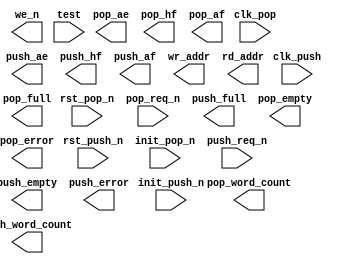
////////////////////////////////////////////////////////////////////////////////
//
//       This confidential and proprietary software may be used only
//     as authorized by a licensing agreement from Synopsys Inc.
//     In the event of publication, the following notice is applicable:
//
//                    (C) COPYRIGHT 1997 - 2016 SYNOPSYS INC.
//                           ALL RIGHTS RESERVED
//
//       The entire notice above must be reproduced on all authorized
//     copies.
//
//
// VERSION:   Simulation Architecture
//
// DesignWare_version: c781f9a7
// DesignWare_release: K-2015.06-DWBB_201506.5.2
//
////////////////////////////////////////////////////////////////////////////////
//-----------------------------------------------------------------------------------
//
// ABSTRACT:  Synchronous, dual clcok  with Static Flags
//           static programmable almost empty and almost full flags
//
//           This FIFO controller designed to interface to synchronous
//           true dual port RAMs.
//
//		Parameters:	Valid Values
//		==========	============
//		depth		[ 4 to 16777216 ]
//		push_ae_lvl	[ 1 to depth-1 ]
//		push_af_lvl	[ 1 to depth-1 ]
//		pop_ae_lvl	[ 1 to depth-1 ]
//		pop_af_lvl	[ 1 to depth-1 ]
//		err_mode	[ 0 = sticky error flag,
//				  1 = dynamic error flag ]
//		push_sync	[ 1 = single synchronized,
//				  2 = double synchronized,
//				  3 = triple synchronized ]
//		pop_sync	[ 1 = single synchronized,
//				  2 = double synchronized,
//				  3 = triple synchronized ]
//		tst_mode	[ 0 = test input not connected
//				  1 = lock-up latches inserted for scan test ]
//		
//		Input Ports:	Size	Description
//		===========	====	===========
//		clk_push	1 bit	Push I/F Input Clock
//		clk_pop		1 bit	Pop I/F Input Clock
//		rst_push_n	1 bit	Active Low Reset for push domain
//		rst_pop_n	1 bit	Active Low Reset for pop domain
//		push_req_n	1 bit	Active Low Push Request
//		pop_req_n	1 bit	Active Low Pop Request
//
//		Output Ports	Size	Description
//		============	====	===========
//		we_n		1 bit	Active low Write Enable (to RAM)
//		push_empty	1 bit	Push I/F Empty Flag
//		push_ae		1 bit	Push I/F Almost Empty Flag
//		push_hf		1 bit	Push I/F Half Full Flag
//		push_af		1 bit	Push I/F Almost Full Flag
//		push_full	1 bit	Push I/F Full Flag
//		push_error	1 bit	Push I/F Error Flag
//		pop_empty	1 bit	Pop I/F Empty Flag
//		pop_ae		1 bit	Pop I/F Almost Empty Flag
//		pop_hf		1 bit	Pop I/F Half Full Flag
//		pop_af		1 bit	Pop I/F Almost Full Flag
//		pop_full	1 bit	Pop I/F Full Flag
//		pop_error	1 bit	Pop I/F Error Flag
//		wr_addr		N bits	Write Address (to RAM)
//		rd_addr		N bits	Read Address (to RAM)
//		push_word_count M bits  Words in FIFO (push IF perception)
//		pop_word_count  M bits  Words in FIFO (push IF perception)
//              test            1 bit   Test Input (controls lock-up latches)
//
//		  Note:	the value of N for wr_addr and rd_addr is
//			determined from the parameter, depth.  The
//			value of N is equal to:
//				ceil( log2( depth ) )
//		
//		  Note:	the value of M for push_word_count and pop_word_count
//			is determined from the parameter, depth.  The
//			value of M is equal to:
//				ceil( log2( depth+1 ) )
//
//
//
//
//             11/29/01     RJK   Fixed size mismatch related to
//                                STAR 129582 (but fixed with 131712)
//
//             12/3/2002    RJK   Added word count outputs
//
//             4/17/2006    DLL   Fixed _single_rst_n_ typos...was
//                                '_single_rs_n_'.
//
//             3/1/2016     RJK   Updated for compatibility with VCS NLP
//
//-----------------------------------------------------------------------------

module DW_fifoctl_s2dr_sf(clk_push, clk_pop,
			rst_push_n, rst_pop_n,
			init_push_n, init_pop_n,
			push_req_n, pop_req_n, we_n,
                        push_empty, push_ae, push_hf, push_af, push_full, push_error,
			pop_empty, pop_ae, pop_hf, pop_af, pop_full, pop_error,
			wr_addr, rd_addr, push_word_count, pop_word_count, test);

parameter depth = 8;
parameter push_ae_lvl = 2;
parameter push_af_lvl = 2;
parameter pop_ae_lvl = 2;
parameter pop_af_lvl = 2;
parameter err_mode = 0;
parameter push_sync = 2;
parameter pop_sync = 2;
parameter tst_mode = 0;
   
   
   

   input                       clk_push, clk_pop;
   input                       rst_push_n, rst_pop_n;
   input                       init_push_n, init_pop_n;
   input                       push_req_n, pop_req_n;
   output 		       we_n, push_empty, push_ae, push_hf, 
			       push_af, push_full;
   output 		       push_error, pop_empty, pop_ae, pop_hf, pop_af, 
			       pop_full, pop_error;
   output [((depth>65536)?((depth>1048576)?((depth>4194304)?((depth>8388608)?24:23):((depth>2097152)?22:21)):((depth>262144)?((depth>524288)?20:19):((depth>131072)?18:17))):((depth>256)?((depth>4096)?((depth>16384)?((depth>32768)?16:15):((depth>8192)?14:13)):((depth>1024)?((depth>2048)?12:11):((depth>512)?10:9))):((depth>16)?((depth>64)?((depth>128)?8:7):((depth>32)?6:5)):((depth>4)?((depth>8)?4:3):((depth>2)?2:1)))))-1 : 0]  wr_addr, rd_addr;
   output [((depth<16777216)?((depth+1>65536)?((depth+1>1048576)?((depth+1>4194304)?((depth+1>8388608)?24:23):((depth+1>2097152)?22:21)):((depth+1>262144)?((depth+1>524288)?20:19):((depth+1>131072)?18:17))):((depth+1>256)?((depth+1>4096)?((depth+1>16384)?((depth+1>32768)?16:15):((depth+1>8192)?14:13)):((depth+1>1024)?((depth+1>2048)?12:11):((depth+1>512)?10:9))):((depth+1>16)?((depth+1>64)?((depth+1>128)?8:7):((depth+1>32)?6:5)):((depth+1>4)?((depth+1>8)?4:3):((depth+1>2)?2:1))))):25)-1 : 0] push_word_count, pop_word_count;
   input                       test;

// synopsys translate_off

   reg 			       pop_ae, pop_hf, pop_af, pop_full;
   reg [((depth<16777216)?((depth+1>65536)?((depth+1>1048576)?((depth+1>4194304)?((depth+1>8388608)?24:23):((depth+1>2097152)?22:21)):((depth+1>262144)?((depth+1>524288)?20:19):((depth+1>131072)?18:17))):((depth+1>256)?((depth+1>4096)?((depth+1>16384)?((depth+1>32768)?16:15):((depth+1>8192)?14:13)):((depth+1>1024)?((depth+1>2048)?12:11):((depth+1>512)?10:9))):((depth+1>16)?((depth+1>64)?((depth+1>128)?8:7):((depth+1>32)?6:5)):((depth+1>4)?((depth+1>8)?4:3):((depth+1>2)?2:1))))):25)-1 : 0]    push_word_count, pop_word_count;
   reg 			       pop_empty_int, push_full_int, push_error_int, 
			       pop_error_int;	 
   reg 			       next_push_error_int, next_pop_error_int;
   
   reg 			       push_af, push_hf, push_ae, push_empty;

   integer 		       wd_count, next_wd_count;
   integer 		       rd_count, next_rd_count;
   integer 		       wr_addr_int, next_wr_addr_int;
   integer 		       rd_addr_int, next_rd_addr_int;
   integer                     wr_addr_ltch, rd_addr_ltch;
   integer                     wr_addr_smpl, rd_addr_smpl;
   integer 		       wcmp_addr, rcmp_addr;

   
   
 
  initial begin : parameter_check
    integer param_err_flg;

    param_err_flg = 0;
    
	    
  
    if ( (push_ae_lvl < 1) || (push_ae_lvl > depth-1 ) ) begin
      param_err_flg = 1;
      $display(
	"ERROR: %m :\n  Invalid value (%d) for parameter push_ae_lvl (legal range: 1 to depth-1 )",
	push_ae_lvl );
    end
  
    if ( (push_af_lvl < 1) || (push_af_lvl > depth-1 ) ) begin
      param_err_flg = 1;
      $display(
	"ERROR: %m :\n  Invalid value (%d) for parameter push_af_lvl (legal range: 1 to depth-1 )",
	push_af_lvl );
    end
  
    if ( (pop_ae_lvl < 1) || (pop_ae_lvl > depth-1 ) ) begin
      param_err_flg = 1;
      $display(
	"ERROR: %m :\n  Invalid value (%d) for parameter pop_ae_lvl (legal range: 1 to depth-1 )",
	pop_ae_lvl );
    end
  
    if ( (pop_af_lvl < 1) || (pop_af_lvl > depth-1 ) ) begin
      param_err_flg = 1;
      $display(
	"ERROR: %m :\n  Invalid value (%d) for parameter pop_af_lvl (legal range: 1 to depth-1 )",
	pop_af_lvl );
    end
  
    if ( (push_sync < 1) || (push_sync > 3 ) ) begin
      param_err_flg = 1;
      $display(
	"ERROR: %m :\n  Invalid value (%d) for parameter push_sync (legal range: 1 to 3 )",
	push_sync );
    end
  
    if ( (pop_sync < 1) || (pop_sync > 3 ) ) begin
      param_err_flg = 1;
      $display(
	"ERROR: %m :\n  Invalid value (%d) for parameter pop_sync (legal range: 1 to 3 )",
	pop_sync );
    end
  
    if ( (err_mode < 0) || (err_mode > 1 ) ) begin
      param_err_flg = 1;
      $display(
	"ERROR: %m :\n  Invalid value (%d) for parameter err_mode (legal range: 0 to 1 )",
	err_mode );
    end
  
    if ( (tst_mode < 0) || (tst_mode > 1 ) ) begin
      param_err_flg = 1;
      $display(
	"ERROR: %m :\n  Invalid value (%d) for parameter tst_mode (legal range: 0 to 1 )",
	tst_mode );
    end
  
    if ( (depth < 4) || (depth > 16777216 ) ) begin
      param_err_flg = 1;
      $display(
	"ERROR: %m :\n  Invalid value (%d) for parameter depth (legal range: 4 to 16777216 )",
	depth );
    end

   wd_count = -1;
   rd_count = -1;   
   wr_addr_int = -1;
   rd_addr_int = -1;
   wr_addr_ltch = -1;
   rd_addr_ltch = -1;
   
    
    if ( param_err_flg == 1) begin
      $display(
        "%m :\n  Simulation aborted due to invalid parameter value(s)");
      $finish;
    end

  end // parameter_check 

   

    always @ (push_req_n or wd_count or wr_addr_int)
	begin : mk_next_wr_addr_int
	   if (push_req_n === 1'b0)
	    next_wr_addr_int = (wd_count == depth)? wr_addr_int : 
				(wd_count < 0)? -1 : (wr_addr_int + 1) %  (((1 << ((depth>65536)?((depth>1048576)?((depth>4194304)?((depth>8388608)?24:23):((depth>2097152)?22:21)):((depth>262144)?((depth>524288)?20:19):((depth>131072)?18:17))):((depth>256)?((depth>4096)?((depth>16384)?((depth>32768)?16:15):((depth>8192)?14:13)):((depth>1024)?((depth>2048)?12:11):((depth>512)?10:9))):((depth>16)?((depth>64)?((depth>128)?8:7):((depth>32)?6:5)):((depth>4)?((depth>8)?4:3):((depth>2)?2:1)))))) == depth) ? (depth * 2) : (depth+2-(depth % 2))) ;
	
	   else
	     next_wr_addr_int = ((push_req_n !== 1'b1) && (wd_count != depth))? -1 :
					(wd_count < 0)? -1 : wr_addr_int;
	end // mk_next_wr_addr_int

   always @ (next_wr_addr_int or wcmp_addr or wd_count )
     begin : mk_next_wd_count
	if ( wd_count < 0 )
	  next_wd_count = wd_count;
	else
	  if (next_wr_addr_int < 0 || wcmp_addr < 0) begin
	    next_wd_count = -1;
	  end 
	  else if ((next_wr_addr_int < wcmp_addr) )
	    next_wd_count = (((1 << ((depth>65536)?((depth>1048576)?((depth>4194304)?((depth>8388608)?24:23):((depth>2097152)?22:21)):((depth>262144)?((depth>524288)?20:19):((depth>131072)?18:17))):((depth>256)?((depth>4096)?((depth>16384)?((depth>32768)?16:15):((depth>8192)?14:13)):((depth>1024)?((depth>2048)?12:11):((depth>512)?10:9))):((depth>16)?((depth>64)?((depth>128)?8:7):((depth>32)?6:5)):((depth>4)?((depth>8)?4:3):((depth>2)?2:1)))))) == depth) ? (depth * 2) : (depth+2-(depth % 2))) - (wcmp_addr - next_wr_addr_int );
	  else
	    next_wd_count = (next_wr_addr_int - wcmp_addr);
     end // mk_next_wd_count
   
    always @ (push_req_n or wr_addr_int or wd_count or push_error_int)
	begin : mk_push_next_error

	if ((err_mode < 1) && (push_error_int !== 1'b0))
	    next_push_error_int = push_error_int;
	
	else
	  if ((push_req_n === 1'b0) && (wd_count == depth))
		
	    next_push_error_int = 1'b1;
		
	  else
	    if ((wd_count >= 0) && (wr_addr_int >= 0)) 
	      next_push_error_int = 1'b0;
		    
	    else
	      next_push_error_int = 1'bx;
		    
    end // mk_push_next_error


    always @ (posedge clk_push or negedge rst_push_n)
	begin : ar_push_registers_PROC
	   integer sync_raddr1, sync_raddr2;
	if (rst_push_n === 1'b0) begin
	   wr_addr_int <= 0;
	   wd_count <= 0;
	   push_error_int <= 1'b0;
	   wcmp_addr <= 0;
	   sync_raddr1 <= 0;
	   sync_raddr2 <= 0;
	end
	else if (init_push_n === 1'b0) begin
	   wr_addr_int <= 0;
	   wd_count <= 0;
	   push_error_int <= 1'b0;
	   wcmp_addr <= 0;
	   sync_raddr1 <= 0;
	   sync_raddr2 <= 0;
	end

	else
	    if ((rst_push_n & init_push_n) === 1'b1) begin
	       wr_addr_int <= next_wr_addr_int;
	       wd_count <= next_wd_count;
	       push_error_int <= next_push_error_int;
	       if (push_sync == 1)
		 wcmp_addr <= rd_addr_smpl;
	       else
		 begin
	            sync_raddr1 <= rd_addr_smpl;

		    if (push_sync == 2)
		      wcmp_addr <= sync_raddr1;
		    
		    else
		      begin
			sync_raddr2 <= sync_raddr1;
		        wcmp_addr <= sync_raddr2;
		      end
		 end
	    end

	    else begin
	       wr_addr_int <= -1;
	       wd_count <= -1;
	       push_error_int <= 1'bx;
	       wcmp_addr <= -1;
	       
	    end
	end // block: ar_push_registers_PROC
   
   
   always @ (wd_count) begin : mk_push_flags_PROC
	if ( wd_count < 0 ) begin
	  push_empty = 1'bx;
	  push_ae = 1'bx;
	  push_hf = 1'bx;
	  push_af = 1'bx;
	  push_full_int = 1'bx;
	  push_word_count = {((depth<16777216)?((depth+1>65536)?((depth+1>1048576)?((depth+1>4194304)?((depth+1>8388608)?24:23):((depth+1>2097152)?22:21)):((depth+1>262144)?((depth+1>524288)?20:19):((depth+1>131072)?18:17))):((depth+1>256)?((depth+1>4096)?((depth+1>16384)?((depth+1>32768)?16:15):((depth+1>8192)?14:13)):((depth+1>1024)?((depth+1>2048)?12:11):((depth+1>512)?10:9))):((depth+1>16)?((depth+1>64)?((depth+1>128)?8:7):((depth+1>32)?6:5)):((depth+1>4)?((depth+1>8)?4:3):((depth+1>2)?2:1))))):25){1'bx}};
	end else begin
	  push_empty = (wd_count == 0)?                    1'b1 : 1'b0;
	  push_ae    = (wd_count <= push_ae_lvl)?          1'b1 : 1'b0;
	  push_hf    = (wd_count < (depth+1)/2)?           1'b0 : 1'b1;
	  push_af    = (wd_count < (depth-push_af_lvl))?   1'b0 : 1'b1;
	  push_full_int  = (wd_count != depth)?                1'b0 : 1'b1;
	  push_word_count = wd_count[((depth<16777216)?((depth+1>65536)?((depth+1>1048576)?((depth+1>4194304)?((depth+1>8388608)?24:23):((depth+1>2097152)?22:21)):((depth+1>262144)?((depth+1>524288)?20:19):((depth+1>131072)?18:17))):((depth+1>256)?((depth+1>4096)?((depth+1>16384)?((depth+1>32768)?16:15):((depth+1>8192)?14:13)):((depth+1>1024)?((depth+1>2048)?12:11):((depth+1>512)?10:9))):((depth+1>16)?((depth+1>64)?((depth+1>128)?8:7):((depth+1>32)?6:5)):((depth+1>4)?((depth+1>8)?4:3):((depth+1>2)?2:1))))):25):0];
	end // else: !if( wd_count < 0 )
			  
     end // block: mk_push_flags


    always @ (clk_push or wr_addr_int) begin : mk_wr_addr_ltch_PROC
      if (clk_push == 1'b0)
	wr_addr_ltch = wr_addr_int;
    end // mk_wr_addr_ltch

    always @ (test or wr_addr_ltch or wr_addr_int) begin : mk_wr_addr_smpl_PROC
      if (tst_mode == 0) begin
	wr_addr_smpl = wr_addr_int;
      end else if (test === 1'b0) begin
	wr_addr_smpl = wr_addr_int;
      end else if (test === 1'b1) begin
	wr_addr_smpl = wr_addr_ltch;
      end else begin
	wr_addr_smpl = -1;
      end
    end // mk_wr_addr_smpl


    always @ (clk_pop or rd_addr_int) begin : mk_rd_addr_ltch_PROC
      if (clk_pop == 1'b0)
	rd_addr_ltch = rd_addr_int;
    end // mk_rd_addr_ltch

    always @ (test or rd_addr_ltch or rd_addr_int) begin : mk_rd_addr_smpl_PROC
      if (tst_mode == 0) begin
	rd_addr_smpl = rd_addr_int;
      end else if (test === 1'b0) begin
	rd_addr_smpl = rd_addr_int;
      end else if (test === 1'b1) begin
	rd_addr_smpl = rd_addr_ltch;
      end else begin
	rd_addr_smpl = -1;
      end
    end // mk_rd_addr_smpl


    always @ (pop_req_n or rd_count or rd_addr_int)
      begin : mk_next_rd_addr_int
	 if (pop_req_n === 1'b0)
		next_rd_addr_int = (rd_count > 0)? (rd_addr_int + 1) % (((1 << ((depth>65536)?((depth>1048576)?((depth>4194304)?((depth>8388608)?24:23):((depth>2097152)?22:21)):((depth>262144)?((depth>524288)?20:19):((depth>131072)?18:17))):((depth>256)?((depth>4096)?((depth>16384)?((depth>32768)?16:15):((depth>8192)?14:13)):((depth>1024)?((depth>2048)?12:11):((depth>512)?10:9))):((depth>16)?((depth>64)?((depth>128)?8:7):((depth>32)?6:5)):((depth>4)?((depth>8)?4:3):((depth>2)?2:1)))))) == depth) ? (depth * 2) : (depth+2-(depth % 2))) :
					(rd_count == 0)? rd_addr_int : -1;
	    
	 else
	   next_rd_addr_int = ((pop_req_n !== 1'b1) && (rd_count!=0))? -1 :
				(rd_count < 0)? -1 : rd_addr_int;
      end // mk_next_rd_addr_int

   always @ (next_rd_addr_int or rcmp_addr or rd_count)
     begin : mk_next_rd_count
	if ( rd_count < 0 )
	  next_rd_count = rd_count;
	else
	  if (next_rd_addr_int < 0 || rcmp_addr < 0) begin
	    next_rd_count = -1;
	  end 
	  else if (next_rd_addr_int > rcmp_addr) 
	    next_rd_count = (((1 << ((depth>65536)?((depth>1048576)?((depth>4194304)?((depth>8388608)?24:23):((depth>2097152)?22:21)):((depth>262144)?((depth>524288)?20:19):((depth>131072)?18:17))):((depth>256)?((depth>4096)?((depth>16384)?((depth>32768)?16:15):((depth>8192)?14:13)):((depth>1024)?((depth>2048)?12:11):((depth>512)?10:9))):((depth>16)?((depth>64)?((depth>128)?8:7):((depth>32)?6:5)):((depth>4)?((depth>8)?4:3):((depth>2)?2:1)))))) == depth) ? (depth * 2) : (depth+2-(depth % 2))) - (next_rd_addr_int - rcmp_addr);
	  else
	    next_rd_count = rcmp_addr - next_rd_addr_int ;

     end // mk_next_rd_count   

    always @ (pop_req_n or rd_count or rd_addr_int or pop_error_int)
	begin : mk_pop_next_error

	if ((err_mode < 1) && (pop_error_int !== 1'b0))
	    next_pop_error_int = pop_error_int;
	
	else
	  if ((pop_req_n === 1'b0) && (rd_count == 0))
		
	    next_pop_error_int = 1'b1;
		
	  else
	    if ( (rd_addr_int >= 0) && (rd_count >= 0) )
	      next_pop_error_int = 1'b0;
		    
	    else
	      next_pop_error_int = 1'bx;
		    
    end // mk_pop_next_error


    always @ (posedge clk_pop or negedge rst_pop_n)
	begin : ar_pop_registers_PROC
	   integer sync_waddr1, sync_waddr2;
	   
	if (rst_pop_n === 1'b0) begin
	    rd_addr_int <= 0;
	    rd_count <= 0;
	    pop_error_int <= 1'b0;
	    rcmp_addr <= 0;
	    sync_waddr1 <= 0;
	    sync_waddr2 <= 0;
	end
	else if (init_pop_n === 1'b0) begin
	    rd_addr_int <= 0;
	    rd_count <= 0;
	    pop_error_int <= 1'b0;
	    rcmp_addr <= 0;
	    sync_waddr1 <= 0;
	    sync_waddr2 <= 0;
	end

	else
	    if ((rst_pop_n & init_pop_n) === 1'b1) begin
		rd_addr_int <= next_rd_addr_int;
		rd_count <= next_rd_count;
		pop_error_int <= next_pop_error_int;
	       if (pop_sync == 1)
		 rcmp_addr <= wr_addr_smpl;
	       else
		 begin
	            sync_waddr1 <= wr_addr_smpl;

		    if (pop_sync == 2)
		      rcmp_addr <= sync_waddr1;
		    
		    else
		      begin
			sync_waddr2 <= sync_waddr1;
			rcmp_addr <= sync_waddr2;
		      end
		 end	       
	    end

	    else begin
		rd_addr_int <= -1;
		rd_count <= -1;
		pop_error_int <= 1'bx;
	       rcmp_addr <= -1;
	    end
	end // block: ar_pop_registers_PROC


   always @ (rd_count) begin : mk_pop_flags_PROC
	if ( rd_count < 0 ) begin
	  pop_empty_int = 1'bx;
	  pop_ae = 1'bx;
	  pop_hf = 1'bx;
	  pop_af = 1'bx;
	  pop_full = 1'bx;
	  pop_word_count = {((depth<16777216)?((depth+1>65536)?((depth+1>1048576)?((depth+1>4194304)?((depth+1>8388608)?24:23):((depth+1>2097152)?22:21)):((depth+1>262144)?((depth+1>524288)?20:19):((depth+1>131072)?18:17))):((depth+1>256)?((depth+1>4096)?((depth+1>16384)?((depth+1>32768)?16:15):((depth+1>8192)?14:13)):((depth+1>1024)?((depth+1>2048)?12:11):((depth+1>512)?10:9))):((depth+1>16)?((depth+1>64)?((depth+1>128)?8:7):((depth+1>32)?6:5)):((depth+1>4)?((depth+1>8)?4:3):((depth+1>2)?2:1))))):25){1'bx}};
	end else begin
	  pop_empty_int = (rd_count == 0)?                   1'b1 : 1'b0;
	  pop_ae    = (rd_count <= pop_ae_lvl)?          1'b1 : 1'b0;
	  pop_hf    = (rd_count < (depth+1)/2)?          1'b0 : 1'b1;
	  pop_af    = (rd_count < (depth-pop_af_lvl))?   1'b0 : 1'b1;
	  pop_full  = (rd_count != depth)?               1'b0 : 1'b1;
	  pop_word_count = rd_count[((depth<16777216)?((depth+1>65536)?((depth+1>1048576)?((depth+1>4194304)?((depth+1>8388608)?24:23):((depth+1>2097152)?22:21)):((depth+1>262144)?((depth+1>524288)?20:19):((depth+1>131072)?18:17))):((depth+1>256)?((depth+1>4096)?((depth+1>16384)?((depth+1>32768)?16:15):((depth+1>8192)?14:13)):((depth+1>1024)?((depth+1>2048)?12:11):((depth+1>512)?10:9))):((depth+1>16)?((depth+1>64)?((depth+1>128)?8:7):((depth+1>32)?6:5)):((depth+1>4)?((depth+1>8)?4:3):((depth+1>2)?2:1))))):25):0];
	end // else: !if( rd_count < 0 )
			  
     end // block: mk_pop_flags

   assign wr_addr = (wr_addr_int < 0)? {((depth>65536)?((depth>1048576)?((depth>4194304)?((depth>8388608)?24:23):((depth>2097152)?22:21)):((depth>262144)?((depth>524288)?20:19):((depth>131072)?18:17))):((depth>256)?((depth>4096)?((depth>16384)?((depth>32768)?16:15):((depth>8192)?14:13)):((depth>1024)?((depth>2048)?12:11):((depth>512)?10:9))):((depth>16)?((depth>64)?((depth>128)?8:7):((depth>32)?6:5)):((depth>4)?((depth>8)?4:3):((depth>2)?2:1))))){1'bx}} :
				wr_addr_int[((depth>65536)?((depth>1048576)?((depth>4194304)?((depth>8388608)?24:23):((depth>2097152)?22:21)):((depth>262144)?((depth>524288)?20:19):((depth>131072)?18:17))):((depth>256)?((depth>4096)?((depth>16384)?((depth>32768)?16:15):((depth>8192)?14:13)):((depth>1024)?((depth>2048)?12:11):((depth>512)?10:9))):((depth>16)?((depth>64)?((depth>128)?8:7):((depth>32)?6:5)):((depth>4)?((depth>8)?4:3):((depth>2)?2:1)))))-1:0];
   assign rd_addr = (rd_addr_int < 0)? {((depth>65536)?((depth>1048576)?((depth>4194304)?((depth>8388608)?24:23):((depth>2097152)?22:21)):((depth>262144)?((depth>524288)?20:19):((depth>131072)?18:17))):((depth>256)?((depth>4096)?((depth>16384)?((depth>32768)?16:15):((depth>8192)?14:13)):((depth>1024)?((depth>2048)?12:11):((depth>512)?10:9))):((depth>16)?((depth>64)?((depth>128)?8:7):((depth>32)?6:5)):((depth>4)?((depth>8)?4:3):((depth>2)?2:1))))){1'bx}} :
				rd_addr_int[((depth>65536)?((depth>1048576)?((depth>4194304)?((depth>8388608)?24:23):((depth>2097152)?22:21)):((depth>262144)?((depth>524288)?20:19):((depth>131072)?18:17))):((depth>256)?((depth>4096)?((depth>16384)?((depth>32768)?16:15):((depth>8192)?14:13)):((depth>1024)?((depth>2048)?12:11):((depth>512)?10:9))):((depth>16)?((depth>64)?((depth>128)?8:7):((depth>32)?6:5)):((depth>4)?((depth>8)?4:3):((depth>2)?2:1)))))-1:0];
   assign 		       push_full = push_full_int;
   assign 		       pop_empty = pop_empty_int;
   assign 		       push_error = push_error_int;
   assign 		       pop_error = pop_error_int;
   assign 		       we_n = push_full_int | push_req_n;
   

    
  always @ (clk_push) begin : clk_push_monitor 
    if ( (clk_push !== 1'b0) && (clk_push !== 1'b1) && ($time > 0) )
      $display( "WARNING: %m :\n  at time = %t, detected unknown value, %b, on clk_push input.",
                $time, clk_push );
    end // clk_push_monitor 
    
  always @ (clk_pop) begin : clk_pop_monitor 
    if ( (clk_pop !== 1'b0) && (clk_pop !== 1'b1) && ($time > 0) )
      $display( "WARNING: %m :\n  at time = %t, detected unknown value, %b, on clk_pop input.",
                $time, clk_pop );
    end // clk_pop_monitor 
   
// synopsys translate_on

endmodule